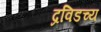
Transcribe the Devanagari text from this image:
द्रविडच्य